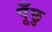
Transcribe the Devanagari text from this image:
पूँछु